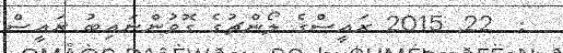
:  22